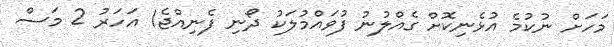
މަހަށް ނުކުމެ އުޅެނިކޮށް ގެއްލުނު ފުވައްމުލަކު ދޯނި ފެނިއްޖެ1 އަހަރު 2 މަސް